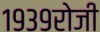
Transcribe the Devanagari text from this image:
१९३९रोजी